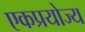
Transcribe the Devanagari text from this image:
एकप्रयोज्य